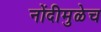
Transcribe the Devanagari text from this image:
नोंदीमुळेच